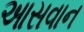
આસવાન